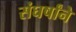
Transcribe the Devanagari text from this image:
संघर्षांने